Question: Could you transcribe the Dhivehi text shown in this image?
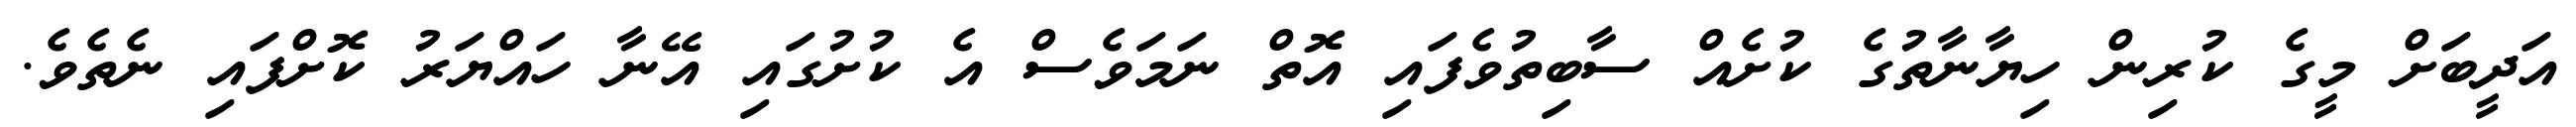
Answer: އަދީބަށް މީގެ ކުރިން ހިޔާނާތުގެ ކުށެއް ސާބިތުވެފައި އޮތް ނަމަވެސް އެ ކުށުގައި އޭނާ ހައްޔަރު ކޮށްފައި ނެތެވެ.